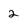
Character: 2